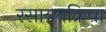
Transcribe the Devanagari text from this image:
रसायनक्रिया